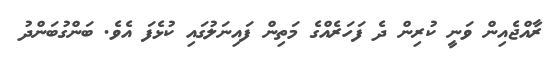
ރާއްޖެއިން ވަނީ ކުރިން ދެ ފަހަރެއްގެ މަތިން ފައިނަލުގައި ކުޅެފަ އެވެ. ބަންގުބަންދު